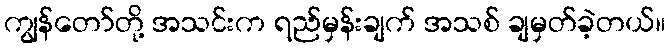
ကျွန်တော်တို့ အသင်းက ရည်မှန်းချက် အသစ် ချမှတ်ခဲ့တယ်။